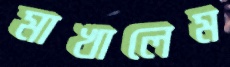
মাখালেম